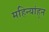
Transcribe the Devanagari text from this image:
महिन्यांहून